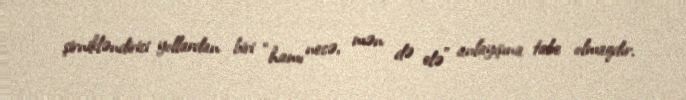
şirnikləndirici yollardan biri “hamı necə, mən də elə” anlayışına tabe olmaqdır.